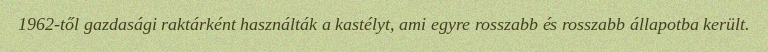
1962-től gazdasági raktárként használták a kastélyt, ami egyre rosszabb és rosszabb állapotba került.